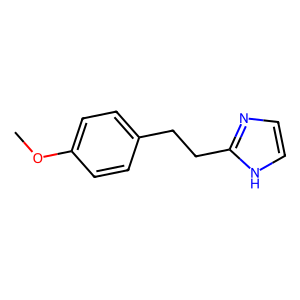
SMILES: COc1ccc(CCc2ncc[nH]2)cc1
Inhibits HIV replication: No